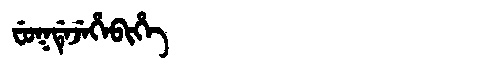
Manchu: ᠸᡠᡴᡩᡝᠵᡝᡥᡝᠪᡳᡥᡝ
Romanization: FUKDEJEHEBIHE